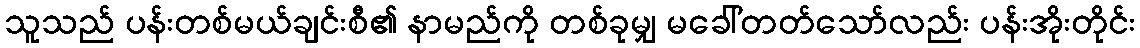
သူသည် ပန်းတစ်မယ်ချင်းစီ၏ နာမည်ကို တစ်ခုမျှ မခေါ်တတ်သော်လည်း ပန်းအိုးတိုင်း